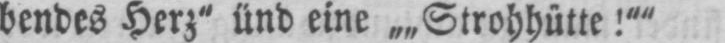
bendes Herz“ ünd eine „„Strohhütte!““